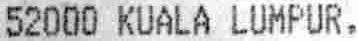
52000 KUALA LUMPUR.